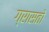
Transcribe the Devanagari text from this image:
ग्रासतो